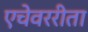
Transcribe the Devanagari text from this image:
एचेवररीता